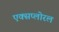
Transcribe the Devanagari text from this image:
एक्सप्लोरल